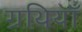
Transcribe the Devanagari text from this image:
ग्रथियाँ